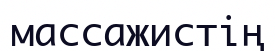
массажистің